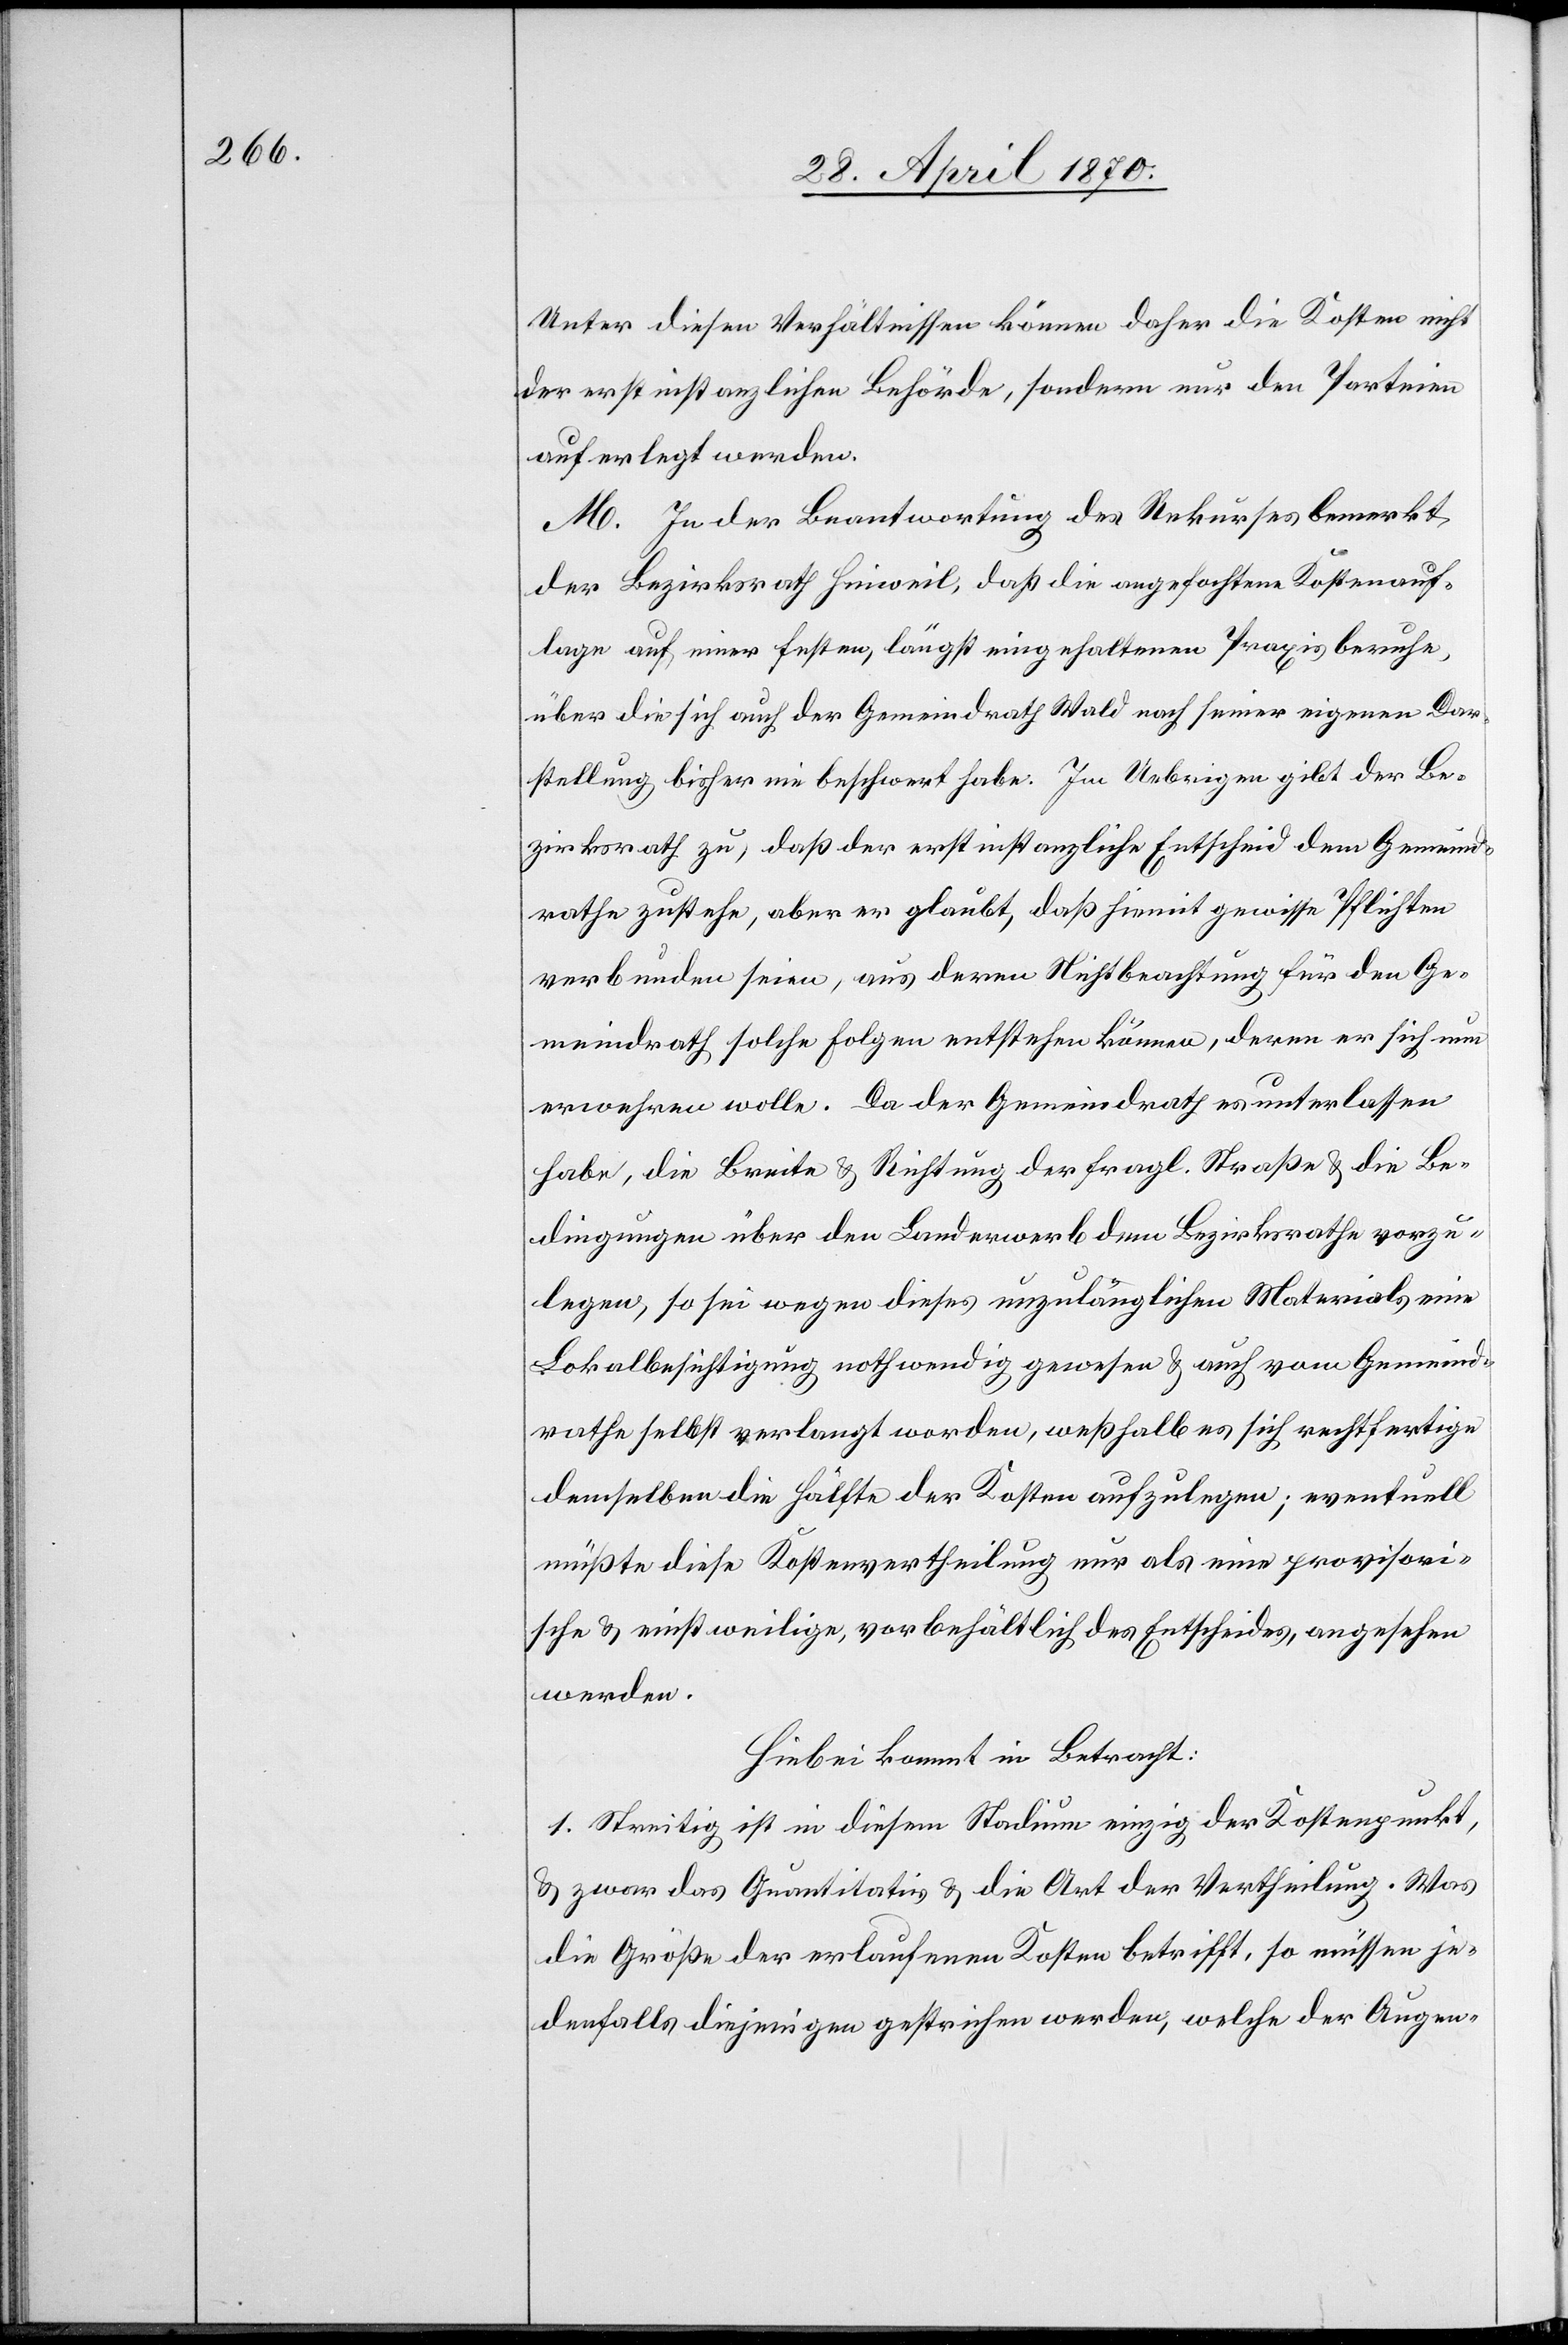
Unter diesen Verhältnissen können daher die Kosten nicht
der erstinstanzlichen Behörde, sondern nur den Parteien
auferlegt werden.
M. In der Beantwortung des Rekurses bemerkt
der Bezirksrath Hinweil, daß die angefochtene Kostenauf¬
lage auf einer festen, längst eingehaltenen Praxis beruhe,
über die sich auch der Gemeindrath Wald nach seiner eigenen Dar¬
stellung bisher nie beschwert habe. Im Uebrigen gibt der Be¬
zirksrath zu, daß der erstinstanzliche Entscheid dem Gemeind¬
rathe zustehe, aber er glaubt, daß hiemit gewisse Pflichten
verbunden seien, aus deren Nichtbeachtung für den Ge¬
meindrath solche Folgen entstehen können, deren er sich nun
erwehren wolle. Da der Gemeindrath es unterlassen
habe, die Breite & Richtung der fragl. Straße & die Be¬
dingungen über den Landerwerb dem Bezirksrathe vorzu¬
legen, so sei wegen dieses unzulänglichen Materials eine
Lokalbesichtigung nothwendig gewesen & auch vom Gemeind¬
rathe selbst verlangt worden, weßhalb es sich rechtfertige
demselben die Hälfte der Kosten aufzulegen; eventuell
müßte diese Kostenvertheilung nur als eine provisori¬
sche & einstweilige, vorbehältlich des Entscheides, angesehen
werden.
Hiebei kommt in Betracht:
1. Streitig ist in diesem Stadium einzig der Kostenpunkt,
& zwar das Quantitativ & die Art der Vertheilung. Was
die Größe der erlaufenen Kosten betrifft, so müssen je¬
denfalls diejenigen gestrichen werden, welche der Augen-